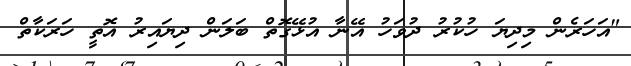
"އަހަރެން މިދިޔަ ހުކުރު ދުވަހު އޭނާ އުޅޭގޮތް ބަލަން ދިޔައިރު އޮތީ ހަރަކާތް